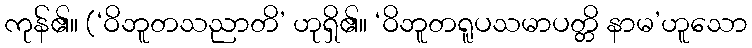
ကုန်၏။ (‘ဝိဘူတသညာတိ’ ဟုရှိ၏။ ‘ဝိဘူတရူပသမာပတ္တိ နာမ’ဟူသော